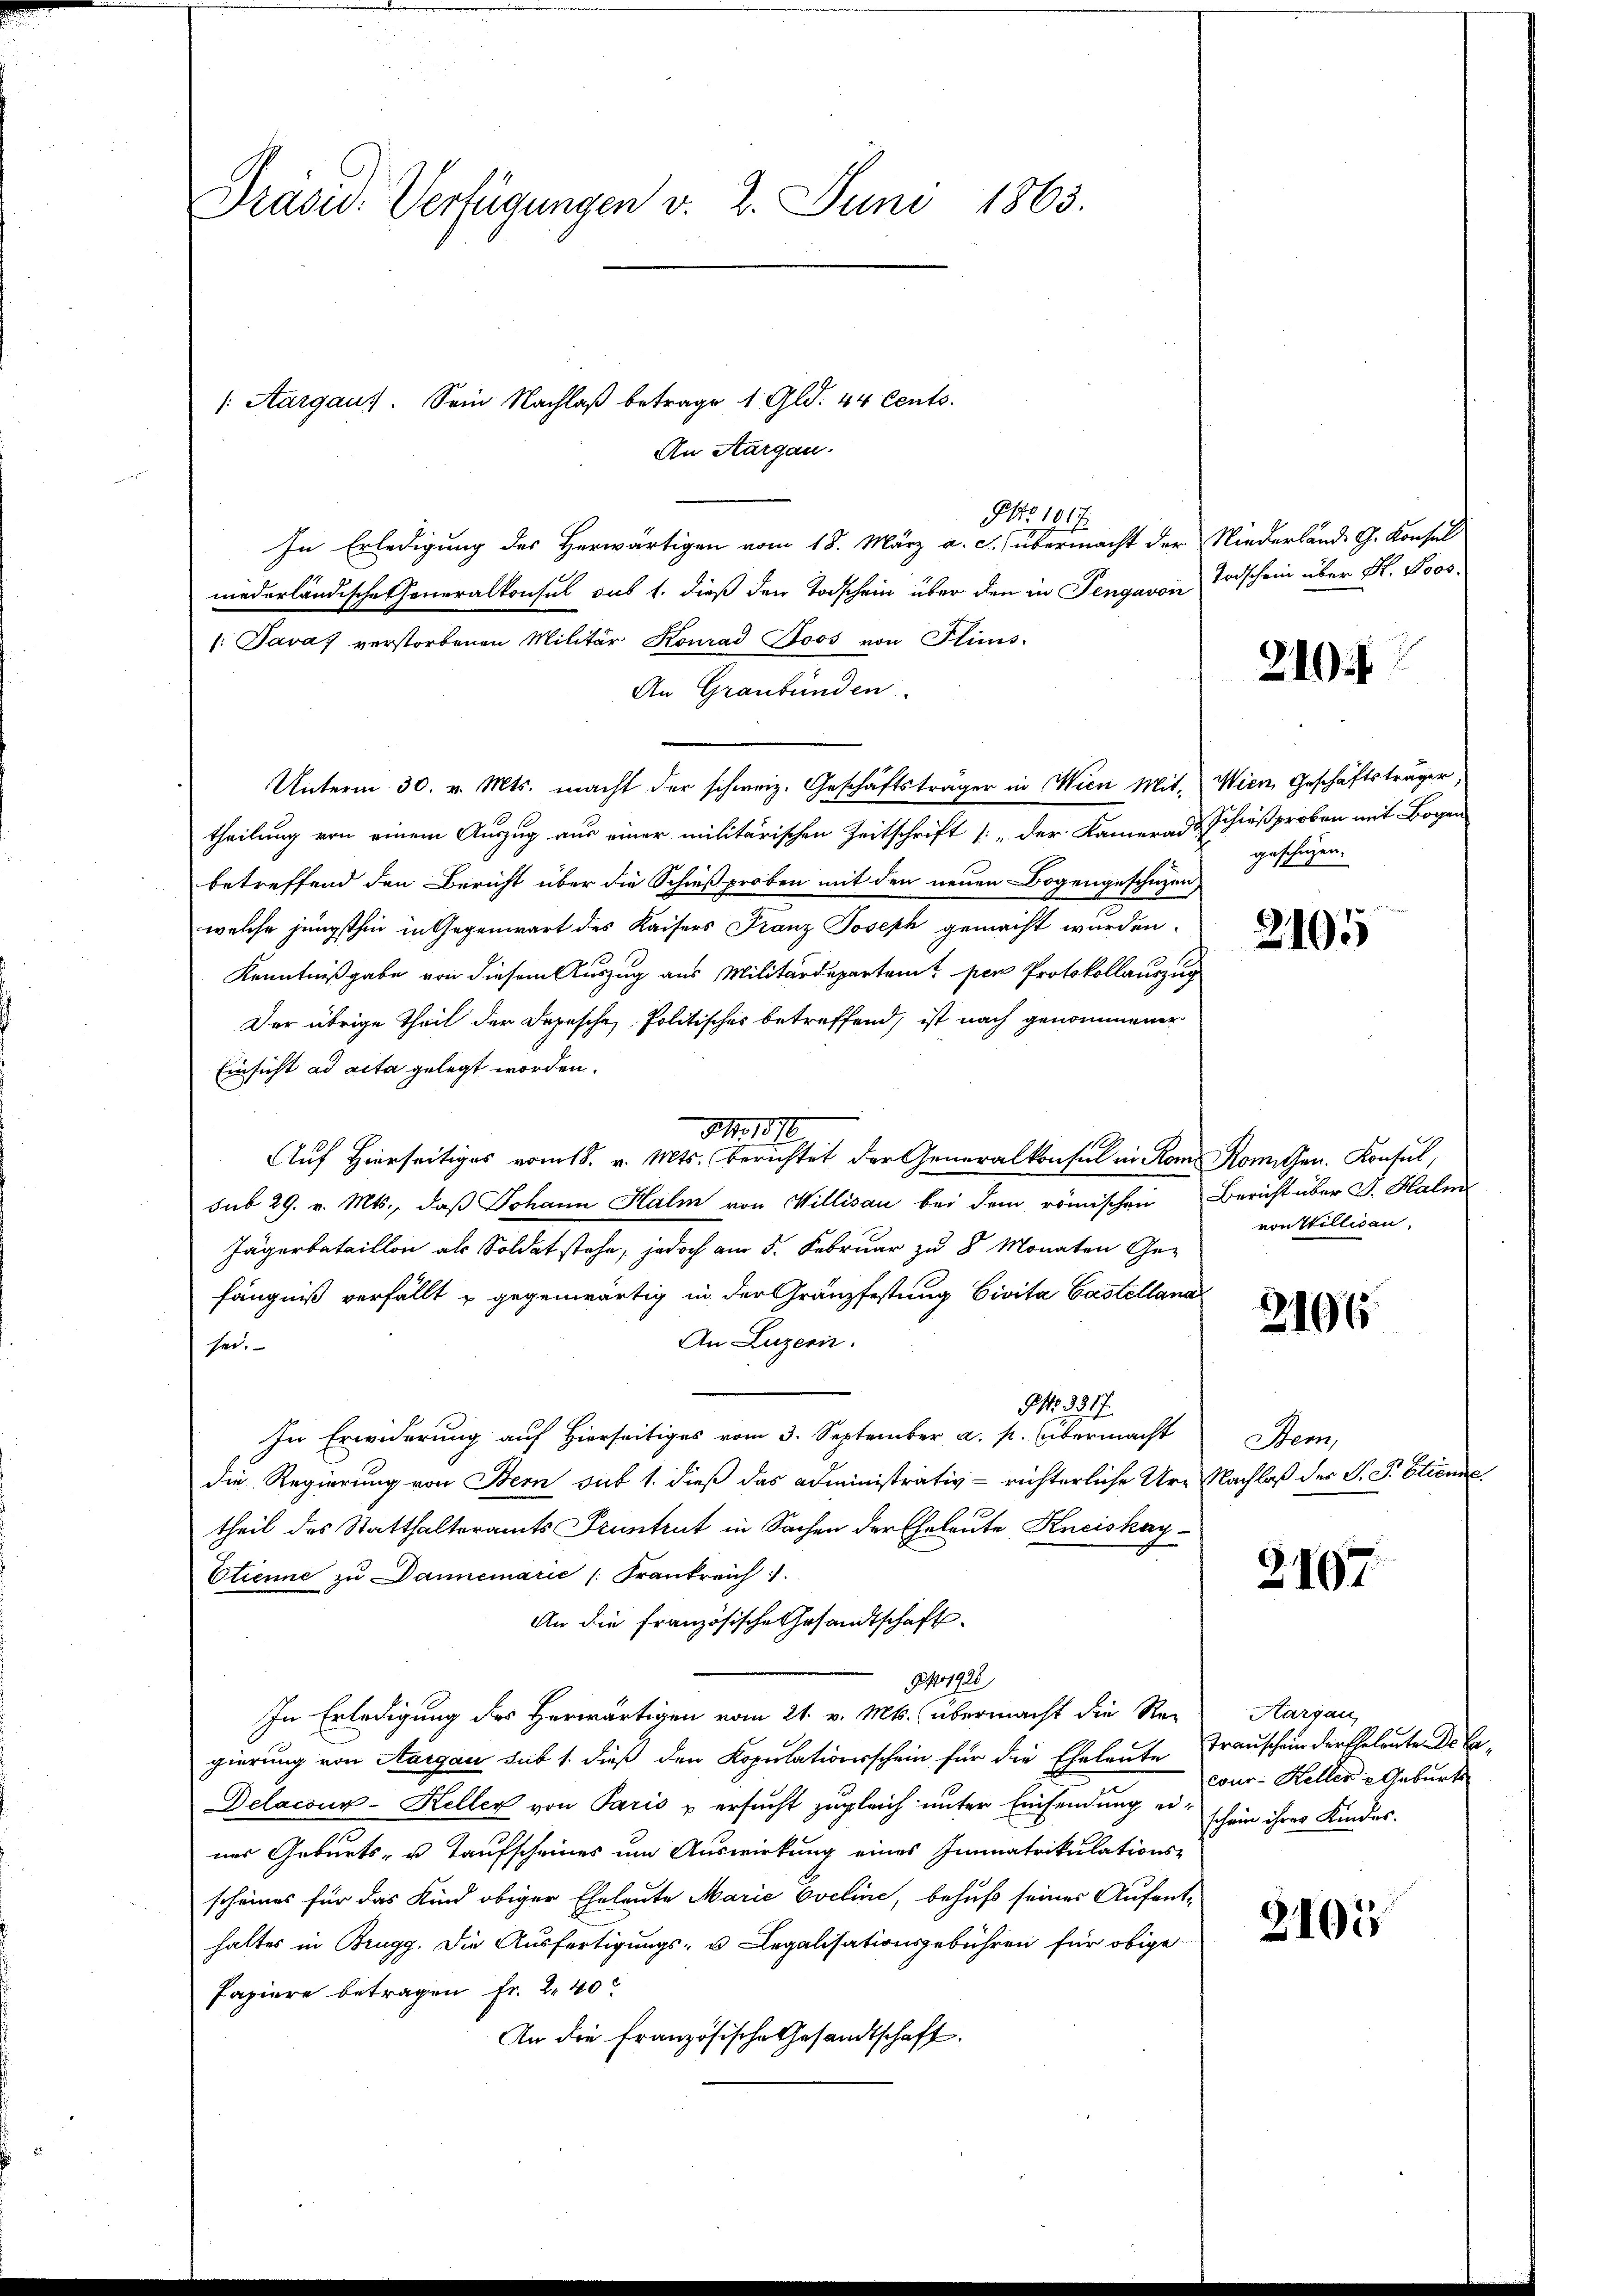
Präsid. Verfügungen v. 2. Juni 1863.

PNo 1017.
In Erledigung des Herwärtigen vom 18. März a. c. übermacht der Niederlände G. Konsul
niederländische Generalkonsul sus 1. dieß den Todschein über den in Tengavon
: Java verstorbenen Militär Konrad Joos von Flims-
An Graubünden.
Unterm 30. v. Mts. macht der schweiz. Geschäftsträger in Wien Mit- Wien Geschäftsträger,
theilung von einem Auszug aus einer militärischen Zeitschrift (: „der Kamerad Schießproben mit Bogen
betreffend den Bericht über die Schießproben mit den neuen Bogengeschützen,
welche jüngsthin in Gegenwart des Kaisers Franz Joseph gemacht wurden.
Kenntnißgabe von diesem Auszug aus Militärdepartent per Protokollauszug
Der übrige Theil der Depesche Politisches betreffend, ist nach genommener
Einsicht ad acta gelegt worden.
9 No 1870
Auf Hierseitiges vom 18. v. Mts. berichtet der Generalkonsul in Rom Komithen. Konsul,
sub 29. v. Mts., daß Johann Halm von Millisau bei dem römischen Bericht über J. Halm
Jägerbataillon als Soldat stehe, jedoch am 5. Februar zu 8 Monaten Gefängniß verfällt & gegenwärtig in der Gränzfestung Civita Castellana
An Luzern.
sei.
P. 3317.
In Erwiderung auf Hierseitiges vom 3. September a. p. übermacht Bem,
die Regierung von Bern sub 1. dieß das administrativ richterliche Ure Nachlaß des S. P. Etienne
theil des Statthalteramts Pruntrut in Sachen der Eheleute Kneiskay¬
Etienne zu Dannemarie (Frankreich
An die französische Gesandtschaft
1928
In Erledigung des Herwärtigen vom 21. v. Mts. übermacht die Re-Aargau,
gierung von Aargau sub 1. dieß den Kopulationsschein für die Eheleute Frauschein der Eheleute Dele-
Delacour-Keller von Paris u ersucht zugleich unter Einsendung es schon ihres Kindesner Geburts- u. Taufscheines um Auswirkung eines Immatrikulations-
scheines für das Kind obiger Eheleute Marie Eveline, behuf seines Aufenthaltes in Brugg. Die Ausfertigungs- u Legalisationsgebühren für obige
Papiere betragen Fr. 240
An die Französische Gesandtschaft.

/: Aargau. Sein Nachlaß betrage 1 Gld. 44 Cents.
An Aargau.

Todschein über K. Poos.

219

geschüzen.

2105

von Willisau,

2106

2197

cour- Heller - Geburts

2105